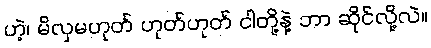
ဟဲ့၊ မိလှမဟုတ် ဟုတ်ဟုတ် ငါတို့နဲ့ ဘာ ဆိုင်လို့လဲ။